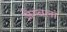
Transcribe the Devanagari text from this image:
ज़ेम्बला